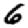
Digit: 6